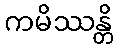
ကမိဿန္တိ